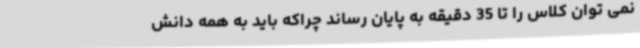
نمی توان کلاس را تا 35 دقیقه به پایان رساند چراکه باید به همه دانش